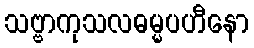
သဗ္ဗာကုသလဓမ္မပဟီနော